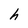
Character: h